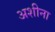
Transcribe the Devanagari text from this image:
अशीना